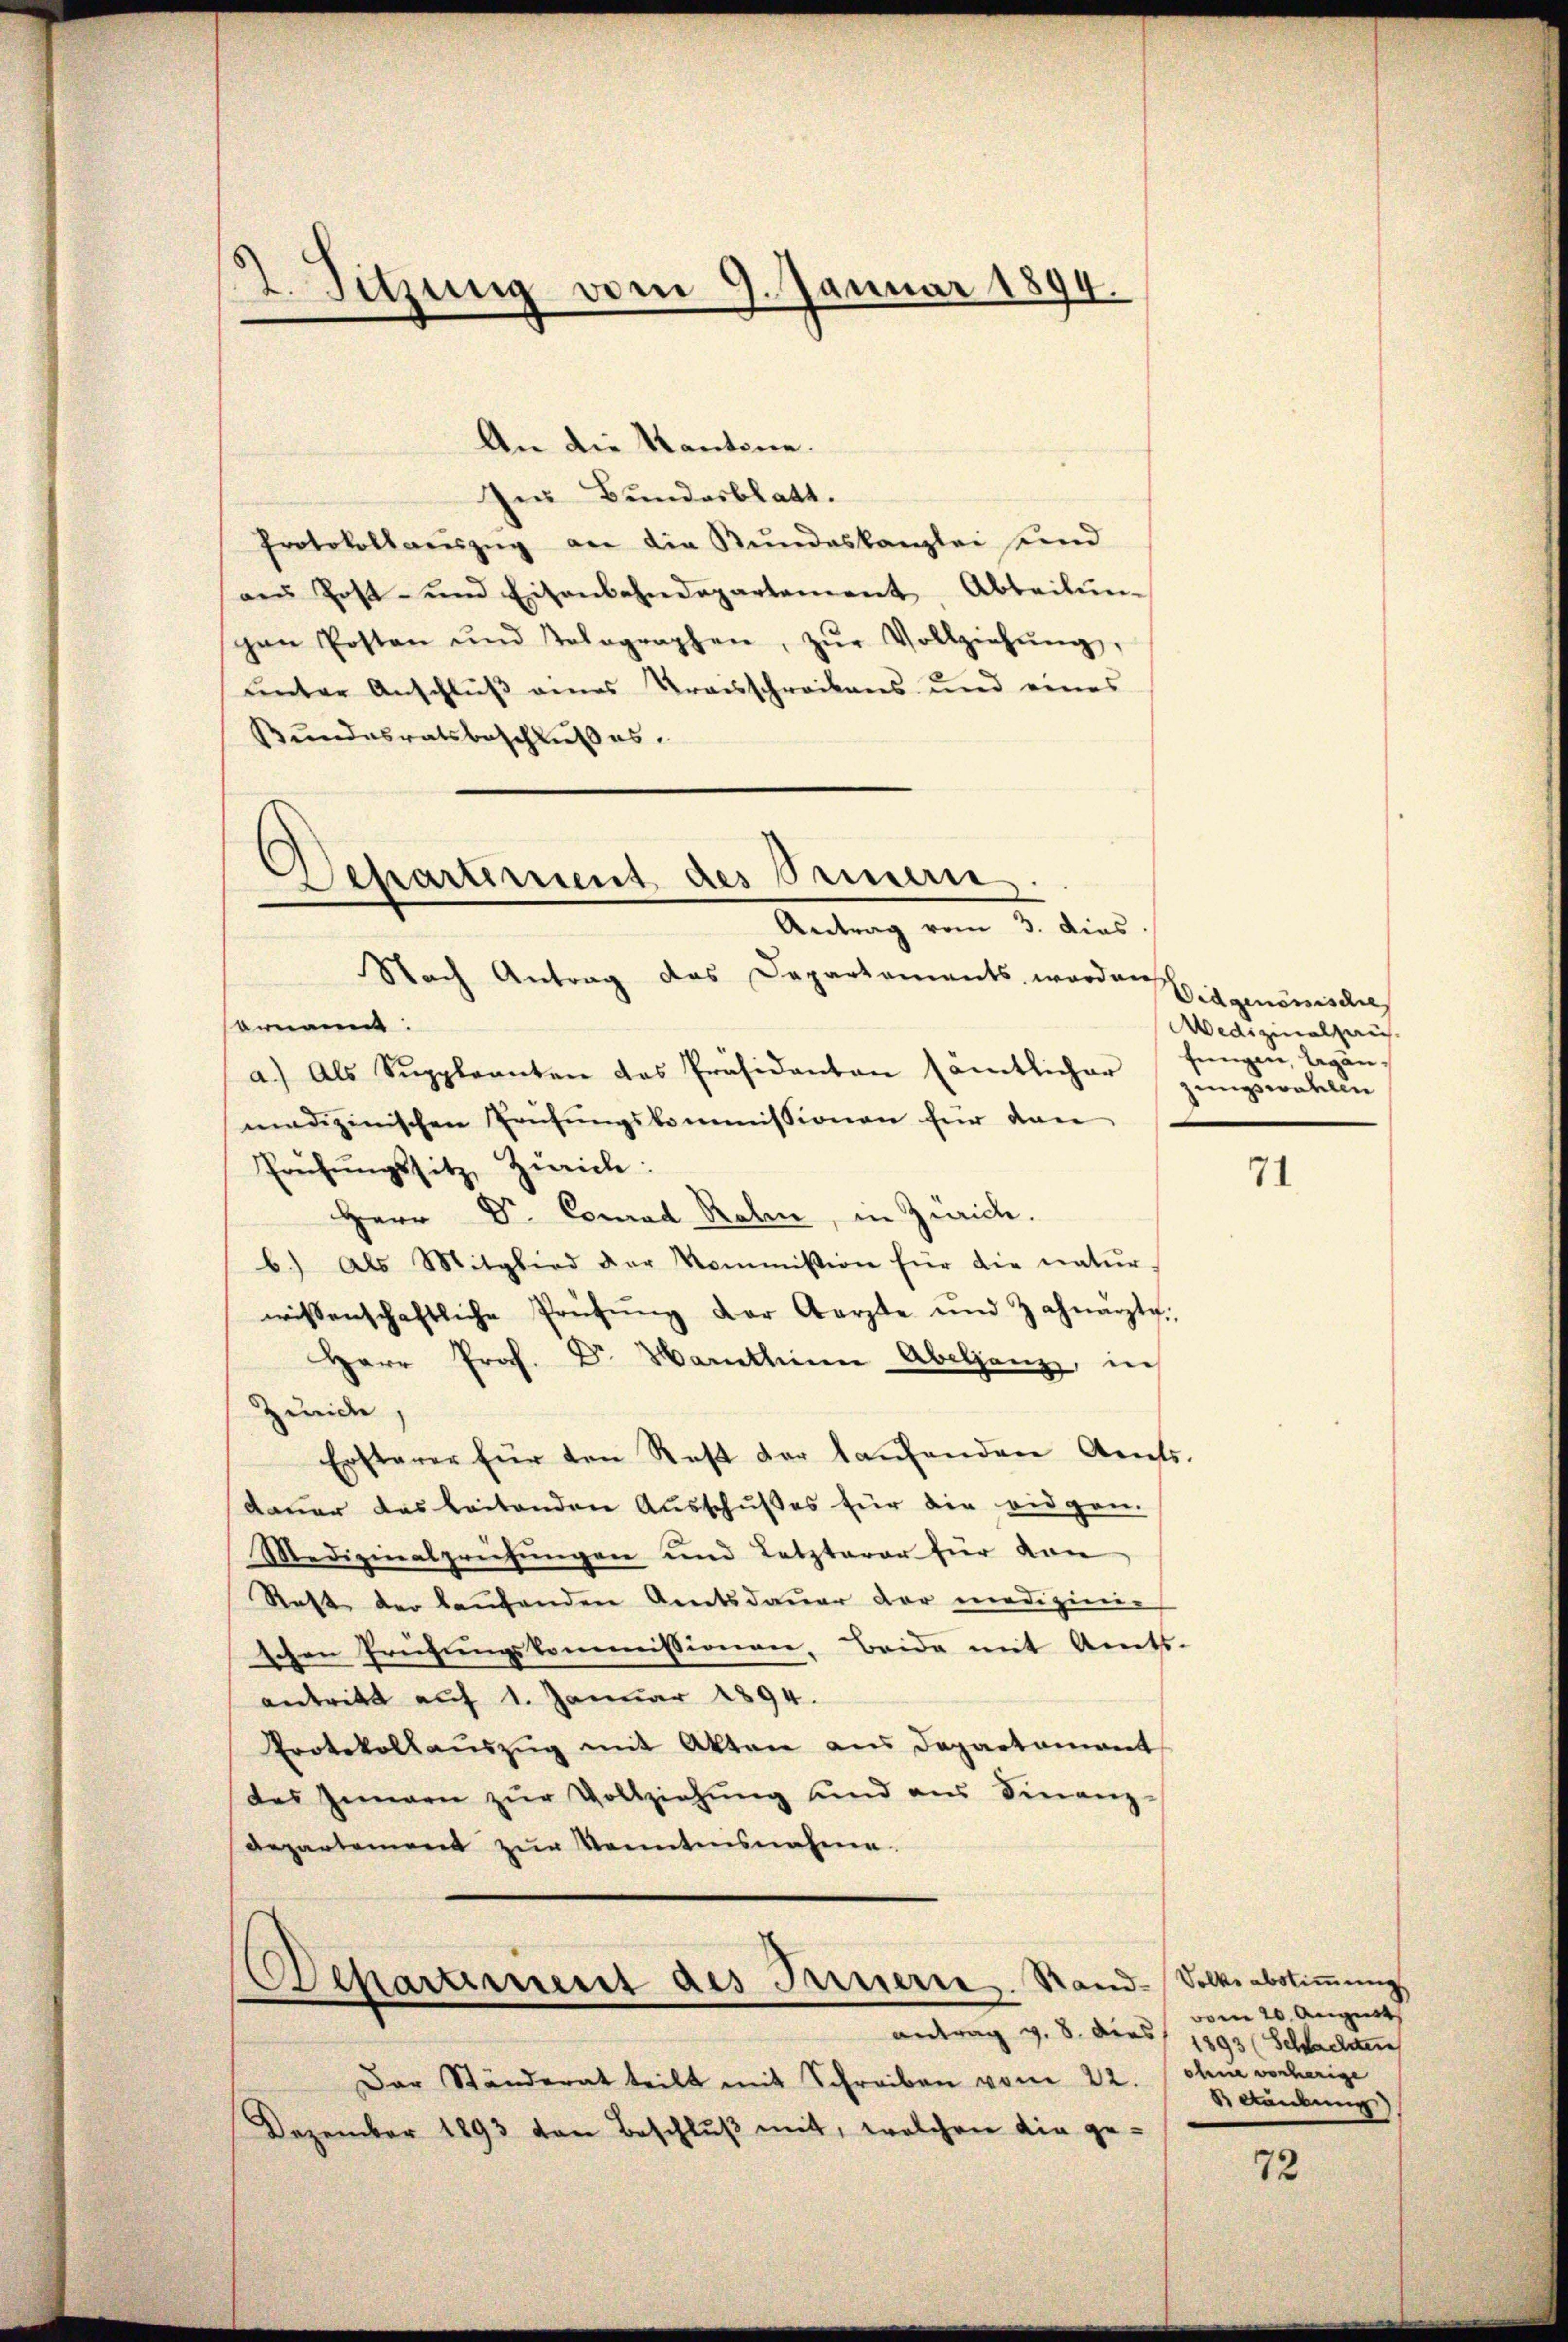
2. Sitzung vom 9. Januar 1894.

An die Kantone.
Ze Bundesblatt.
Protokollaŭszŭg an die Bundeskanzlei sind
an Post- und Eisenbahndepartement, Abteilŭng
gen Posten und Telegraphen, zŭr Vollziehŭng,
ŭnter Anschlŭβ eines Kraisschreibens und eines
Bŭndesratsbeschlußes.

Separtiment des Innern
Antrag vom 3. dies

Nach Antrag das Departements, worden
sornannt.
a.) Als Suppleanten des Präsidanten sämtlicher
madizinischen Prüfŭngskommissionen für dan
Prüfŭngssitz, Zürich:
Herr Dr. Conrad Roben, in Zürich.
b.) Als Mitglied der Kommission für die natur-
wissenschaftliche Prüfŭng der Aerzte und Zahnarzte.
Herr Prof. Dr. Harthinen Abeljanz, in
zuide
Ersterer für den Rest der laŭfenden Amts-
dauer das beitenden Ausschußes für die eidgen.
Medizinalpriefungen und Letzterer für dan
Rest der laŭfenden Amtsdaŭer der medizinie
tchen Prüfungskommissionen, beide mit Amts-
antritt auf 1. Januar 1894.
Protokollauszug mit Akten aus Departamant
des Zimmen zŭr Vollziehŭng und ans Finanz-
Departement zŭr Kenntnisnahme.

Departement des Innern. Stand-

antrag v. 8. dies 1893 (Schaden
Der Ständerat teilt mit Schreiben vom 22. Ohne vorherige
Dezember 1893 von Beschluß mit, welchen die ge¬

Vidgenomische
Wedizinalhaus.
fungen, legen,
zungswahlen

71

Volke abstimmung
vom 20. August
Kankung

72